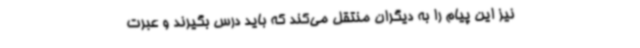
نیز این پیام را به دیگران منتقل می‌کند که باید درس بگیرند و عبرت